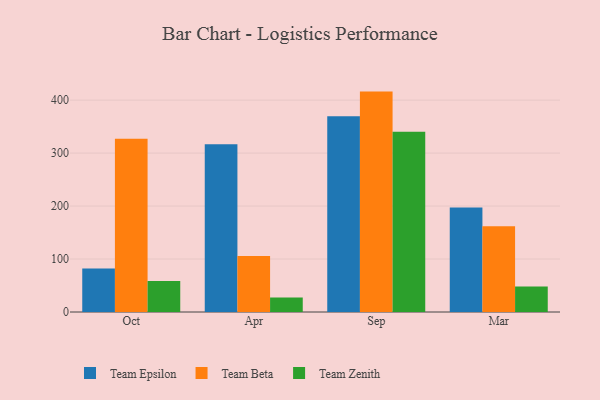
{"axis": {"x": "Month", "y": "Bounce Rate (%)"}, "legend": ["Team Beta", "Team Epsilon", "Team Zenith"], "data": [{"x": "Oct", "y": 81.9, "type": "Team Epsilon"}, {"x": "Oct", "y": 327.3, "type": "Team Beta"}, {"x": "Oct", "y": 58.4, "type": "Team Zenith"}, {"x": "Apr", "y": 316.6, "type": "Team Epsilon"}, {"x": "Apr", "y": 105.5, "type": "Team Beta"}, {"x": "Apr", "y": 27.6, "type": "Team Zenith"}, {"x": "Sep", "y": 369.6, "type": "Team Epsilon"}, {"x": "Sep", "y": 416.1, "type": "Team Beta"}, {"x": "Sep", "y": 340.3, "type": "Team Zenith"}, {"x": "Mar", "y": 197.3, "type": "Team Epsilon"}, {"x": "Mar", "y": 162.0, "type": "Team Beta"}, {"x": "Mar", "y": 48.1, "type": "Team Zenith"}]}